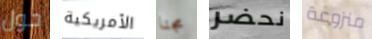
حول الأمريكية مجنا نحضر منزوعة